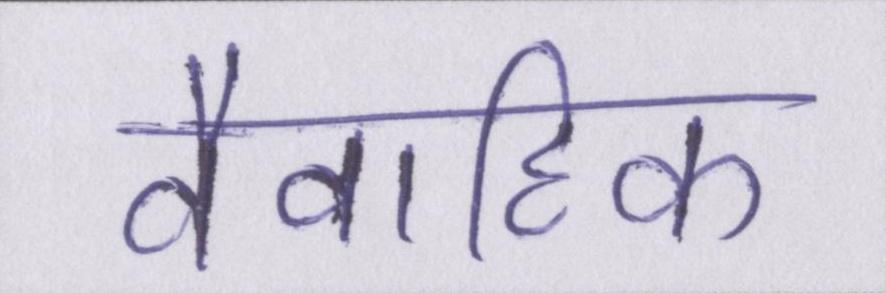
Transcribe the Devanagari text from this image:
वैवाहिक